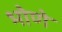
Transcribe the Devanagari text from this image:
भोणे